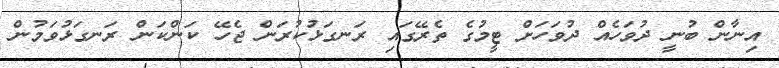
އިނާން ބުނީ ދުވަހެއް ދުވަހަށް ޓީމުގެ ތެރޭގައި ރަނގަޅުކުރަން ޖެހޭ ކަންކަން ރަނގަޅުވަމުން